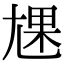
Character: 㞅